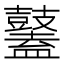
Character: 𪔮